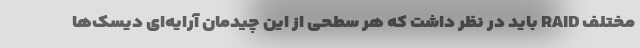
مختلف RAID باید در نظر داشت که هر سطحی از این چیدمان آرایه‌ای دیسک‌ها